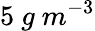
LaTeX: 5\ g\ m^{-3}